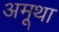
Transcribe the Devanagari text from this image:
अमूथा